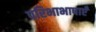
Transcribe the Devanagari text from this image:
परिभाभाषाएँ